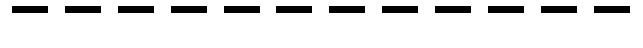
------------